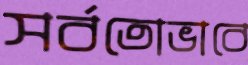
সর্বতোভাবে